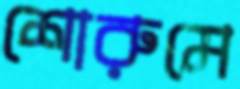
শোরুমে